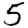
Digit: 5